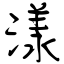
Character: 漾